Report on sanitation, dispensaries, and jails in Rajputana for 1911, and on vaccination for the year 1911-1912 - 1911-1912
Year: 1911
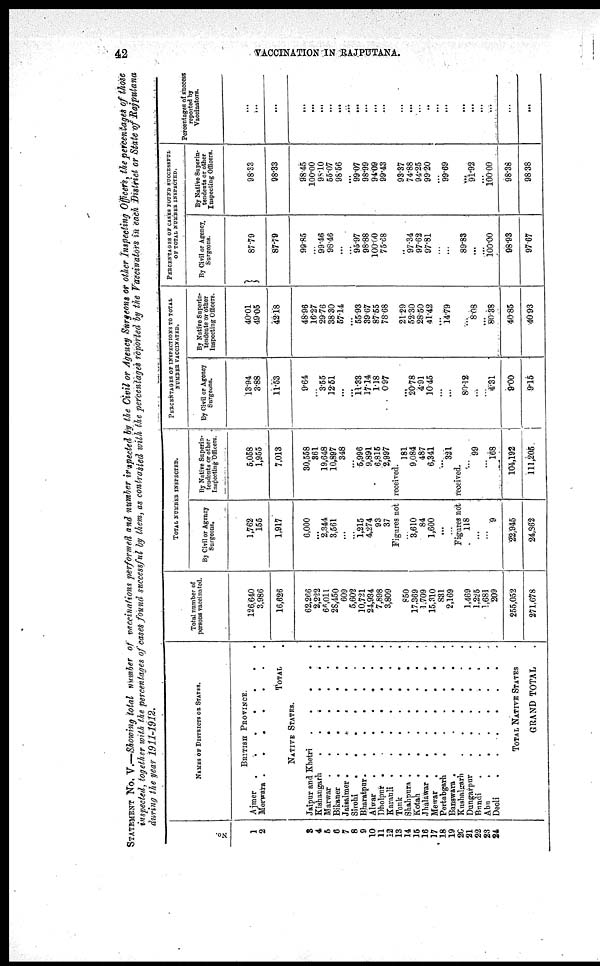
42
VACCINATION IN RAJPUTANA.
STATEMENT No. V.—Showing total number of vaccinations performed and number inspected by the Civil or Agency Surgeons or other Inspecting Officers, the percentages of those
inspected, together with the percentages of cases found successful by them, as contrasted with the percentages reported by the Vaccinators in each District or State of Rajputana
during the year 1911-1912.
No.
1
2
3
4
5
6
7
8
9
10
11
12
13
14
15
16
17
18
19
20
21
22
23
24
NAMES OF DISTRICTS OR STATES.
BRITISH PROVINCE.
Ajmer
.
.
.
.
.
.
.
Merwara .
.
.
.
.
.
.
TOTAL .
NATIVE STATES.
Jaipur and Khetri
. . . . .
Kishangarh
.
.
.
.
.
.
Marwar .
.
.
.
.
.
.
Bikaner .
.
.
.
.
.
.
Jaisalmer .
.
.
.
.
. .
Sirohi
.
.
.
.
.
.
.
Bharatpur .
.
.
.
.
.
.
Alwar
.
.
.
.
.
.
.
Dholpur .
.
.
.
.
.
.
Karauli .
.
.
.
.
.
.
Tonk
.
.
.
.
.
.
.
Shahpura .
.
.
.
.
.
.
Kotah
.
.
.
.
.
.
.
Jhalawar .
.
.
.
.
.
.
Mewar
.
.
.
.
.
.
.
Pertabgarh
.
.
.
.
.
.
Banswara .
.
.
. .
Kushalgarh
.
.
.
.
.
.
Dungarpur
.
.
.
.
.
.
Bundi
.
.
.
.
.
. .
Abu
.
.
.
.
.
.
.
Deoli
.
.
.
.
.
.
.
TOTAL NATIVE STATES .
GRAND TOTAL .
Total number of
persons vaccinated.
126,640
3,986
16,626
62,266
2,222
66,011
28,450
609
5,602
10,721
24,934
7,898
3,809
850
17,369
1,709
15,310
831
2,169
...
1,469
1,225
1,681
209
255,052
271,678
TOTAL NUMBER INSPECTED.
By Civil or Agency
Surgeons.
1,762
155
1,917
6,000
...
2,344
3,561
...
...
1,215
4,274
93
37
By Native Superin¬
tendents or other
Inspecting Officers.
5,058
1,955
7,013
30,558
361
19,648
10,897
348
...
5,996
9,891
6,815
2,997
Figures not received.
...
3,610
84
1,600
...
...
181
9,084
487
6,341
...
321
Figures not received.
118
...
...
9
22,945
24,362
...
99
...
168
104,192
111,205
PERCENTAGES OF INSPECTIONS TO TOTAL
NUMBER VACCINATED.
By Civil or Agency
Surgeons.
13.94
3.88
11.53
9.64
...
3.55
12.51
...
...
11.33
17.14
1.18
0.97
...
20.78
4.91
10.45
...
...
80.12
...
...
4.31
9.00
9.15
By Native Superin-
tendents or other
Inspecting Officers.
40.01
49.05
42.18
48.96
16.27
29.76
38.30
57.14
...
55.93
39.67
87.55
78.68
21.29
52.30
28.50
41.42
...
14.79
...
8.08
...
80.38
40.85
40.93
PERCENTAGES OF CASES FOUND SUCCESSFUL
OF TOTAL NUMBER INSPECTED.
By Civil or Agency.
Surgeons.
87.79
87.79
99.85
...
99.46
98.46
...
...
95.97
98.88
100.00
75.68
..
97.34
97.62
97.81
...
...
89.83
...
...
100.00
98.93
97.67
By Native Superin-
tendents or other
Inspecting Officers.
98.33
98.33
98.45
100.00
98.10
55.07
98.56
...
99.07
98.99
94.09
99.43
93.37
74.88
94.25
99.20
...
99.69
...
91.92
...
100.00
98.38
98.38
Percentages of success
reported by
Vaccinators.
...
...
...
...
...
...
...
...
...
...
...
...
...
...
...
...
..
...
...
...
...
...
...
...
...